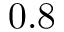
0 . 8